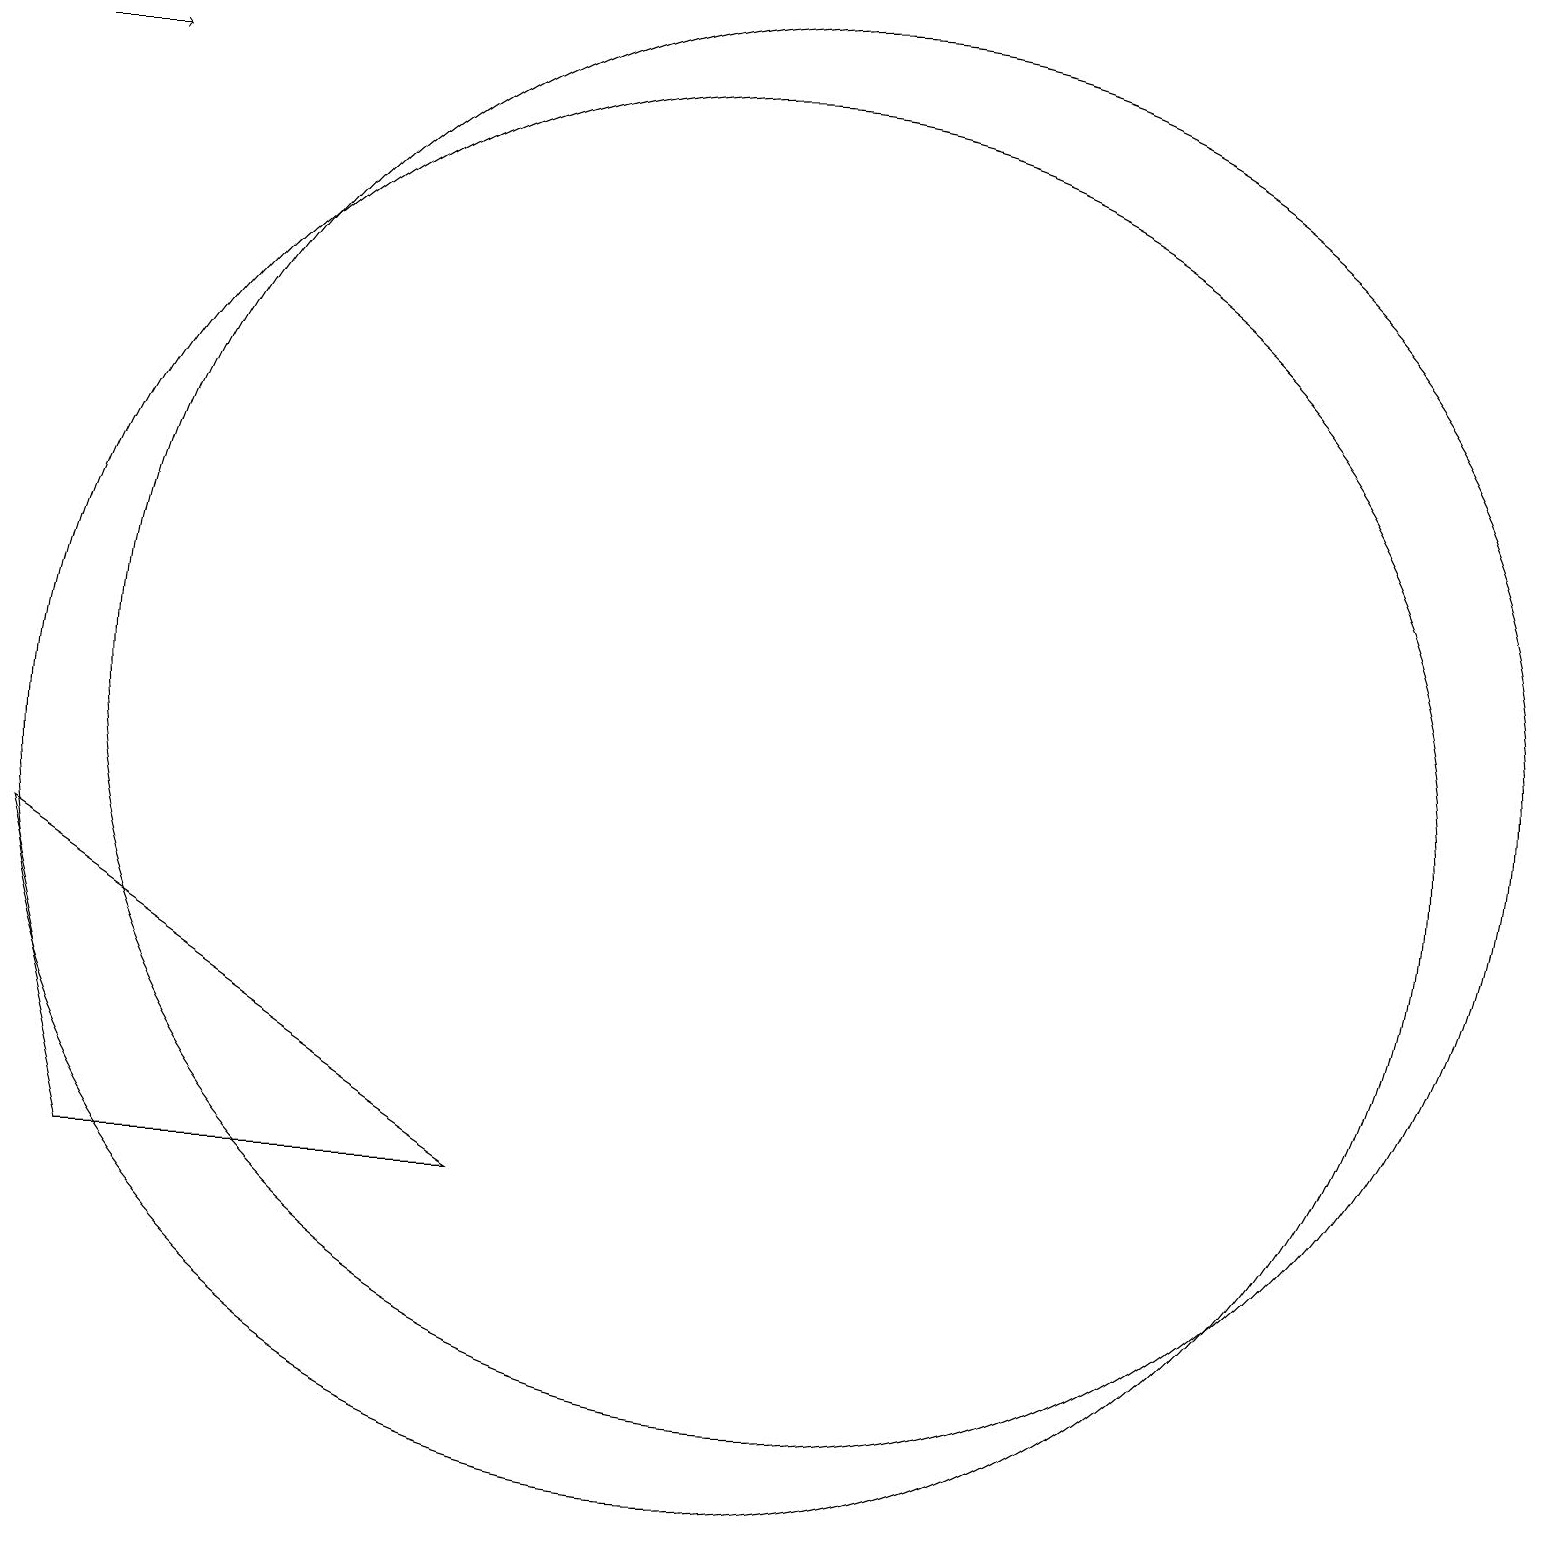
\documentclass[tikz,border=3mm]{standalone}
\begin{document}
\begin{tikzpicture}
\draw[->] (1,19) -- (2,19);
\draw (7,5) -- (1,9) -- (2,5) -- cycle;
\draw (10,10) circle (9);
\draw (12,12) circle (0);
\draw (11,11) circle (9);
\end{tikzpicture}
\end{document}